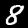
Digit: 8